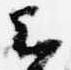
云